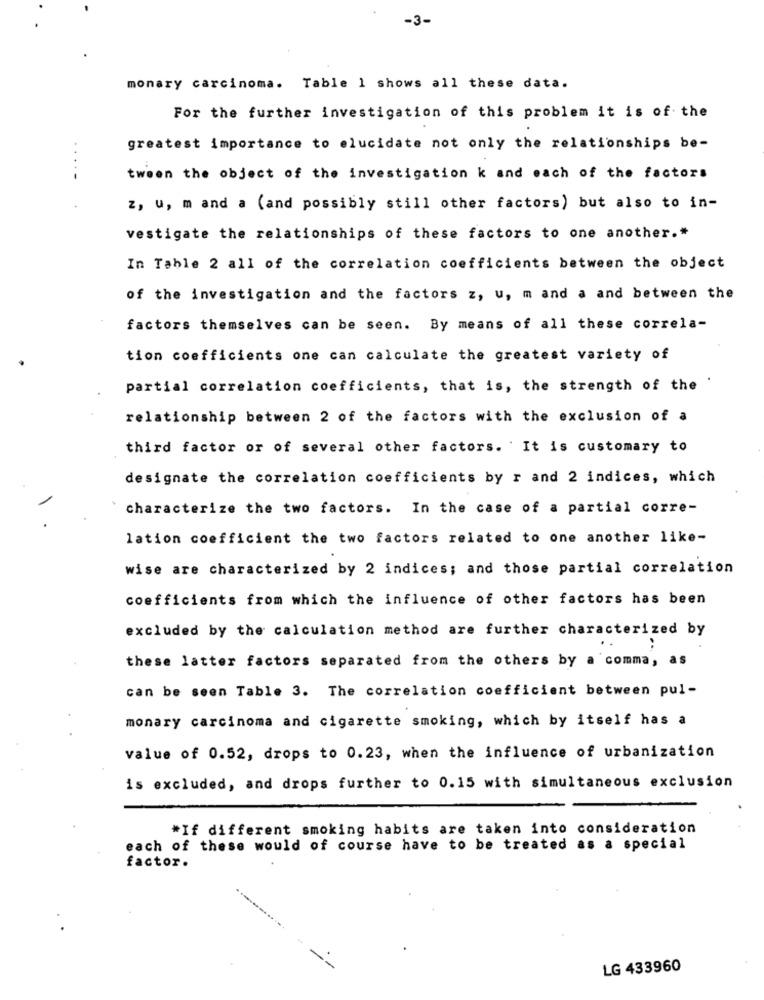
-3-
monary carcinoma. Table 1 shows all these data.
For the further investigation of this problem it is of the
greatest importance to elucidate not only the relationships be-
.....
tween the object of the investigation k and each of the factors
z, u, m and a (and possibly still other factors) but also to in-
vestigate the relationships of these factors to one another .*
In Table 2 all of the correlation coefficients between the object
of the investigation and the factors z, u, m and a and between the
factors themselves can be seen. By means of all these correla-
tion coefficients one can calculate the greatest variety of
partial correlation coefficients, that is, the strength of the '
relationship between 2 of the factors with the exclusion of a
third factor or of several other factors. It is customary to
designate the correlation coefficients by r and 2 indices, which
characterize the two factors. In the case of a partial corre-
lation coefficient the two factors related to one another like-
wise are characterized by 2 indices; and those partial correlation
coefficients from which the influence of other factors has been
excluded by the calculation method are further characterized by
..
these latter factors separated from the others by a comma, as
can be seen Table 3. The correlation coefficient between pul-
monary carcinoma and cigarette smoking, which by itself has a
value of 0.52, drops to 0.23, when the influence of urbanization
is excluded, and drops further to 0.15 with simultaneous exclusion
*If different smoking habits are taken into consideration
each of these would of course have to be treated as a special
factor.
LG 433960